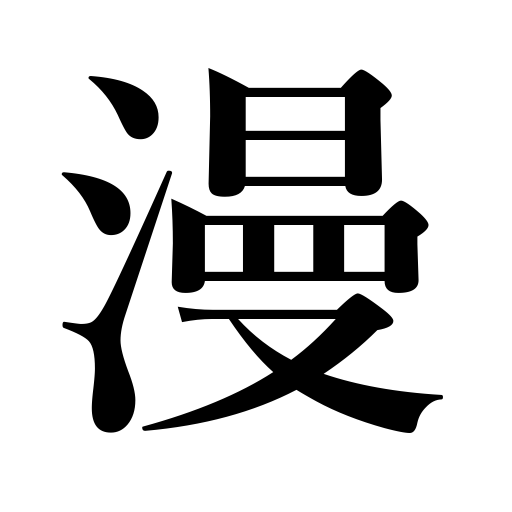
Meanings: involuntarily,in spite of oneself